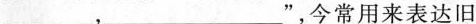
___，___”，今常用来表达旧